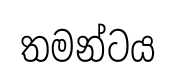
තමන්ටය